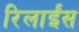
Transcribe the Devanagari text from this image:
रिलाईंस